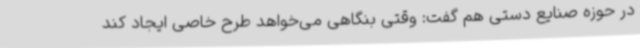
در حوزه صنایع دستی هم گفت: وقتی بنگاهی می‌خواهد طرح خاصی ایجاد کند